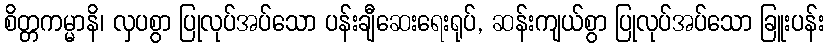
စိတ္တကမ္မာနိ၊ လှပစွာ ပြုလုပ်အပ်သော ပန်းချီဆေးရေးရုပ်, ဆန်းကျယ်စွာ ပြုလုပ်အပ်သော ခြူးပန်း